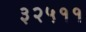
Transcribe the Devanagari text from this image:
३२५११